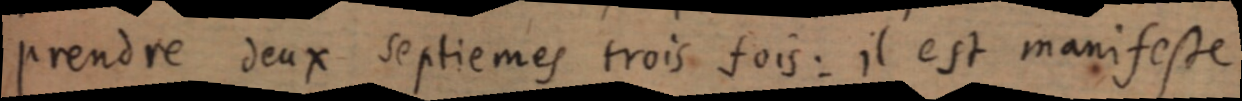
prendre deux septiemes trois fois : il est manifeste